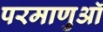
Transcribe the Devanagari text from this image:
परमाणुऑ